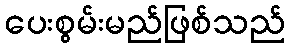
ပေးစွမ်းမည်ဖြစ်သည်